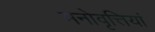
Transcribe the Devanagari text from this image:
मनोवृत्तियां